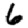
Digit: 6